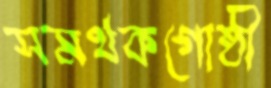
সমর্থকগোষ্ঠী